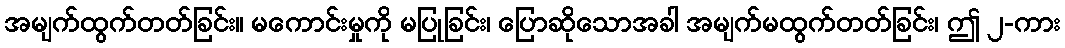
အမျက်ထွက်တတ်ခြင်း။ မကောင်းမှုကို မပြုခြင်း၊ ပြောဆိုသောအခါ အမျက်မထွက်တတ်ခြင်း၊ ဤ ၂-ကား